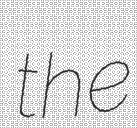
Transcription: the